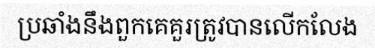
ប្រឆាំងនឹងពួកគេគួរត្រូវបានលើកលែង